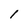
Character: 1